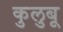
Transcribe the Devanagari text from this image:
कुलुबू